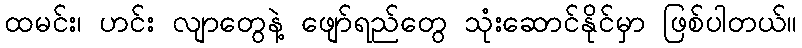
ထမင်း၊ ဟင်း လျာတွေနဲ့ ဖျော်ရည်တွေ သုံးဆောင်နိုင်မှာ ဖြစ်ပါတယ်။